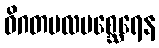
ဝိဂတမလမစ္ဆေရေန